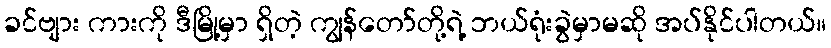
ခင်ဗျား ကားကို ဒီမြို့မှာ ရှိတဲ့ ကျွန်တော်တို့ရဲ့ ဘယ်ရုံးခွဲမှာမဆို အပ်နိုင်ပါတယ်။